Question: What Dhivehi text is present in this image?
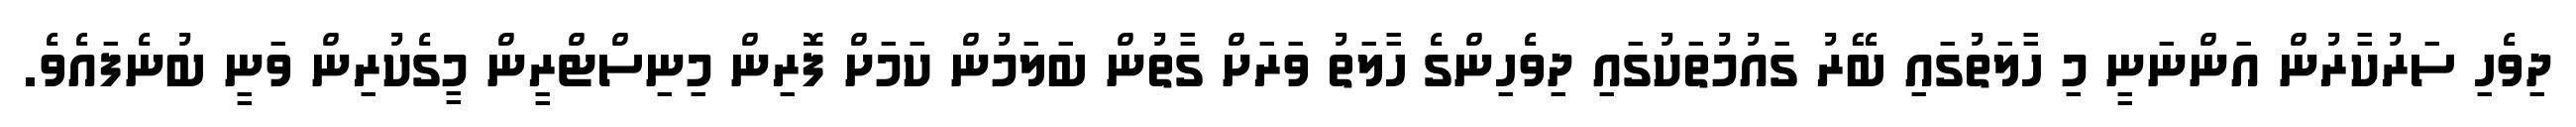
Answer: ދިވެހި ސަރުކާރުން އަންނަނީ މި ހާލަތުގައި ބޭރު ގައުމުތަކުގައި ދިވެހިންގެ ހާލަތު ވަރަށް ގާތުން ބަލަމުން ކަމަށް ފޮރިން މިނިސްޓްރީން މީގެކުރިން ވަނީ ބުނެފައެވެ.